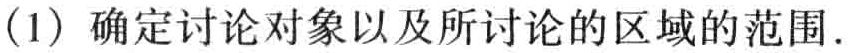
(1) 确定讨论对象以及所讨论的区域的范围.